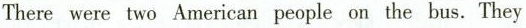
There were two American people on the bus. They